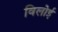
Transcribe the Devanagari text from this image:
विलोई